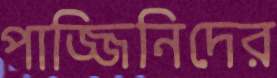
পাজ্জিনিদের